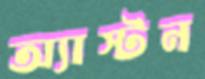
অ্যাস্টন